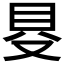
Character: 𠭁